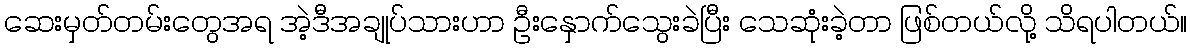
ဆေးမှတ်တမ်းတွေအရ အဲ့ဒီအချုပ်သားဟာ ဦးနှောက်သွေးခဲပြီး သေဆုံးခဲ့တာ ဖြစ်တယ်လို့ သိရပါတယ်။